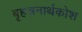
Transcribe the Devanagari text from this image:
बृहत्रनार्थकोश